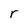
Character: r